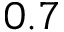
0 . 7